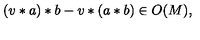
( v * a ) * b - v * ( a * b ) \in O ( M ) ,